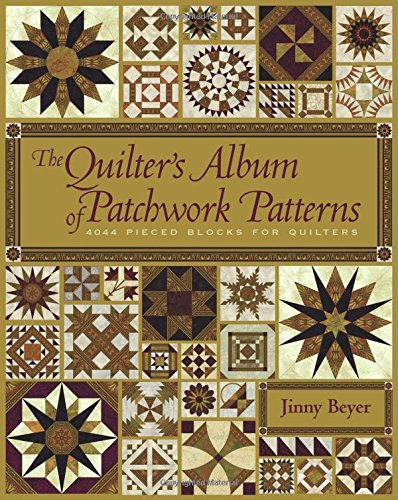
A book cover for The Quilter's Album of Patchwork Patterns: 4050 Pieced Blocks for Quilters; Jinny Beyer; Crafts, Hobbies & Home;